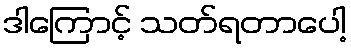
ဒါကြောင့် သတ်ရတာပေါ့